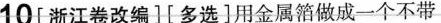
10[浙江卷改编][多选]用金属箔做成一个不带